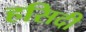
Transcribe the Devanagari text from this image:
हसिदी